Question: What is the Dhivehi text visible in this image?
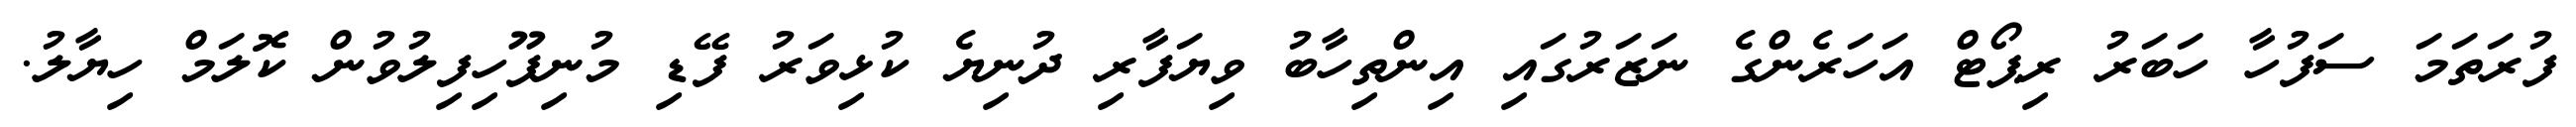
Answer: ފުރަތަމަ ސަފުހާ ހަބަރު ރިޕޯޓް އަހަރެންގެ ނަޒަރުގައި އިންތިހާބު ވިޔަފާރި ދުނިޔެ ކުޅިވަރު ފޭޑި މުނިފޫހިފިލުވުން ކޮލަމް ހިޔާލު.